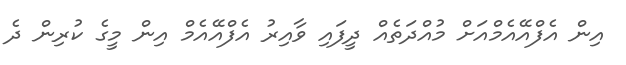
އިން އެފްއޭއެމްއަށް މުއްދަތެއް ދީފައި ވާއިރު އެފްއޭއެމް އިން މީގެ ކުރިން ދެ